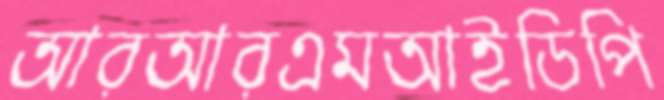
আরআরএমআইডিপি